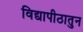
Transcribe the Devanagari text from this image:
विद्यापीठातुन